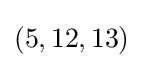
(5,12,13)